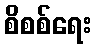
စိစစ်ရေး